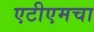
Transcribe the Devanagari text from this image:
एटीएमचा